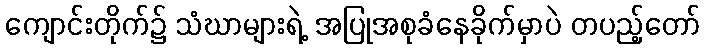
ကျောင်းတိုက်၌ သံဃာများရဲ့ အပြုအစုခံနေခိုက်မှာပဲ တပည့်တော်